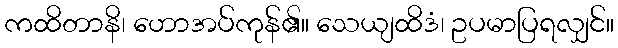
ကထိတာနိ၊ ဟောအပ်ကုန်၏။ သေယျထိဒံ၊ ဥပမာပြရလျှင်။